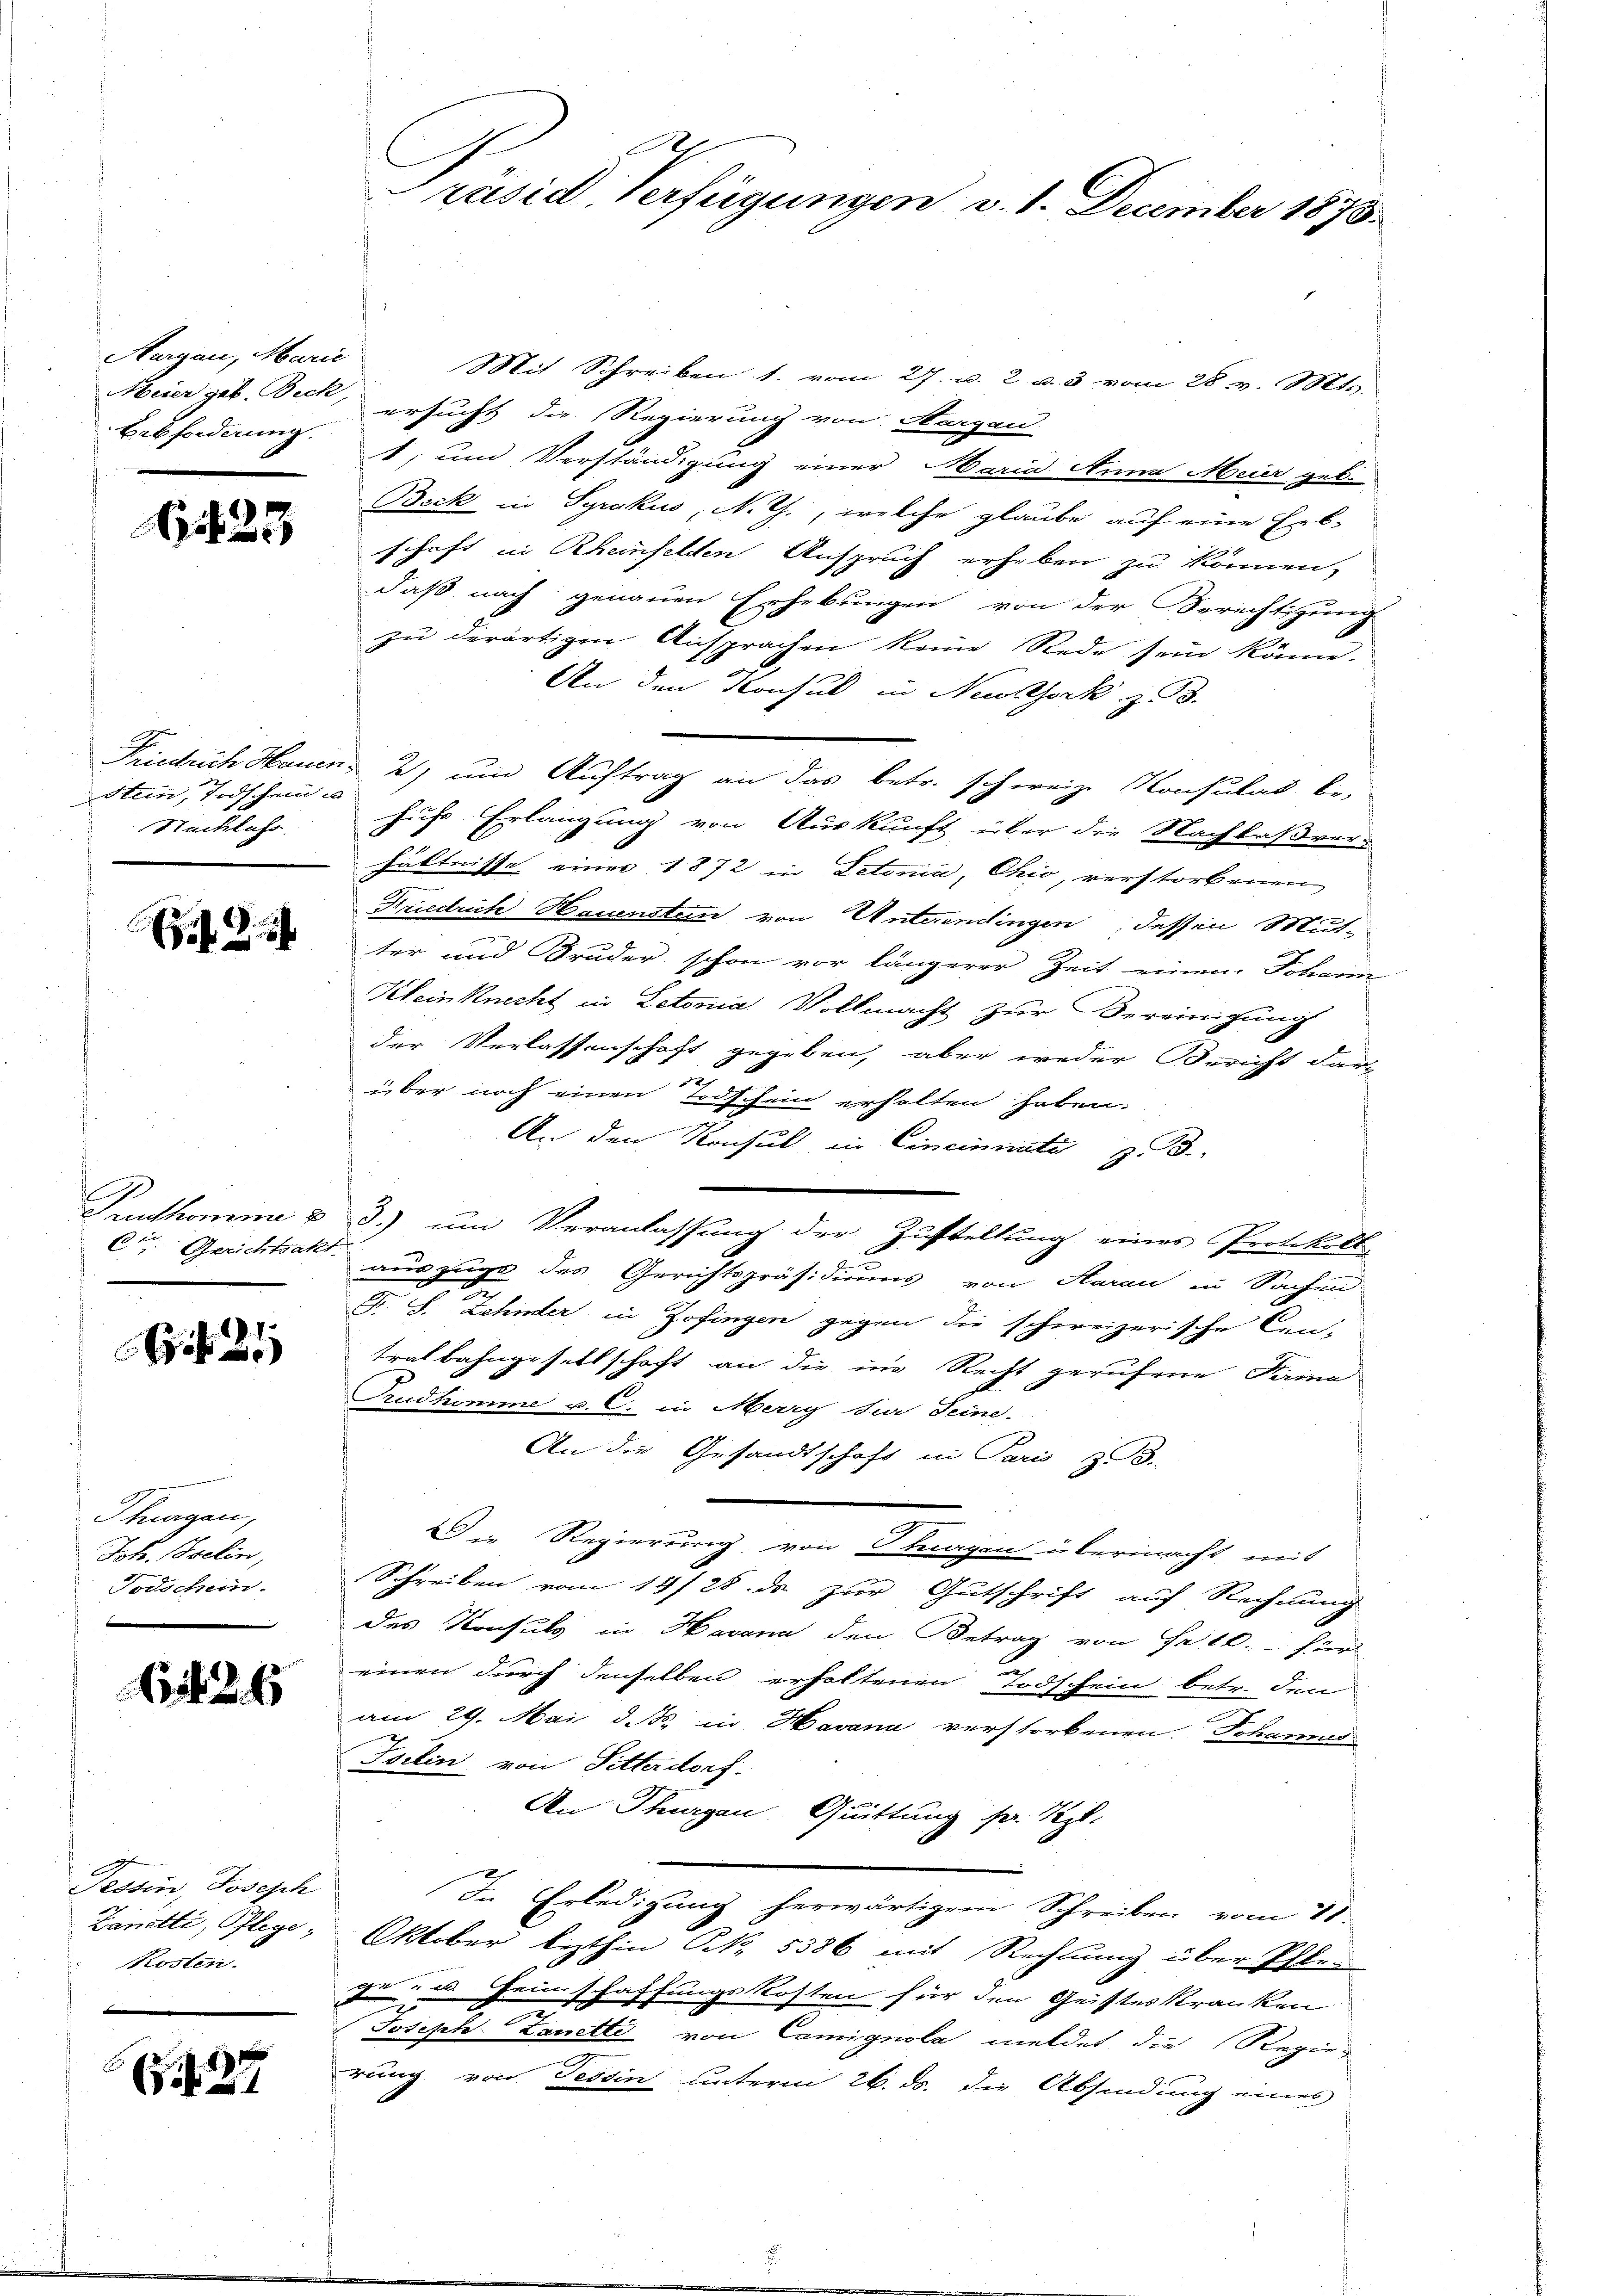
Hargau, Marie
Bebforderung.

23

Stein, Todschein a
Nachlass

Ct. Gerichtsakt.

21

Thurgau,
Ich. Iselin,
Todschein.

26

Tessin, Joseph
Zanetti, Pflege,
Kosten.

27

Mit Schreiben 1. vom 27. u. 2 u. 3 vom 28. v. Mts.
Meier geb. Beck, ersucht die Regierung von Aargau
t; und Verständigung einer Maria Anna Meier geb.
Beck in Pyrakuo, N. Z., welche glaube auf eine Erb-
schaft in Rheinfelden Anspruch erheben zu können,
daß nach genauen Erhebungen von der Berechtigung
zŭ derartigen Ansprachen keine Rede sein könne.
An den Konsul in Neukork z.
Friedrich Hauen, 2) und Auftrag an das betr. schweiz. Konsulat be-
hufs Erlangung von Auskunft über die Nachlaßver-
hältnisse einer 1872 in Letonia, Chio, verstorbenen
Friedrich Hauensten von Unterendingen, dessen Mutter und Bruder schon vor längerer Zeit einen Johann
Kleinknecht in Letonia Vollmacht zur Bereinigung
der Verlassenschaft gegeben, aber weder Bericht darüber noch einen Todschein erhalten haben.
An den Konsul in Cincinati z. B.
Punthomme u. 3.) um Veranlassung der Zustellung eines Protokoll-
auszuge des Gerichtspräsidiums von Aarau in Sachen
F. S. Zehnder in Zofingen gegen die schweizerische Cen-
tralbahngesellschaft an die im Recht gerufene Samme
Trudkomme u. C. in Merry die Seine.
An die Gesandtschaft in Paris z.B.
Die Regierung von tragen übermacht mit
Schreiben vom 19/25. ds zur Gutschrift auf Rechnung
des Konsuls in Havana den Betrag von Fr. 10.- für
einen durch denselben erholtenen Todschein betr. den
am 29. Mai d. R. in Havana verstorbenen Johannes
Toilin von Sitterdorf.
An Thurgau Quittung sr. Vgl.
In Erledigung herwärtigem Schreiben vom 18.
Oktober lezthin Nr. 5386 mit Rechtung über Pflege - u. Heimschaffungskosten für den Geisteskranken
n
Joseph Zanetti von Camignola meldet die Regierung von Tessin unterm 26. ds. die Absendung eines

Präsid. Verfügungen v. 1. December 1873.